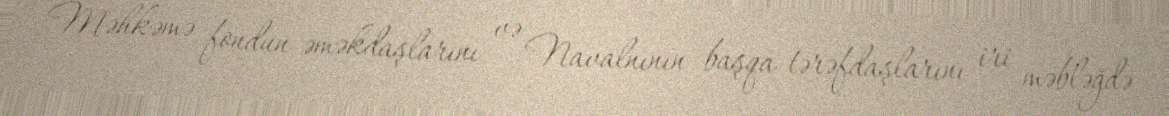
Məhkəmə fondun əməkdaşlarını və Navalnının başqa tərəfdaşlarını iri məbləğdə